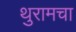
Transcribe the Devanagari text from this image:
थुरामचा